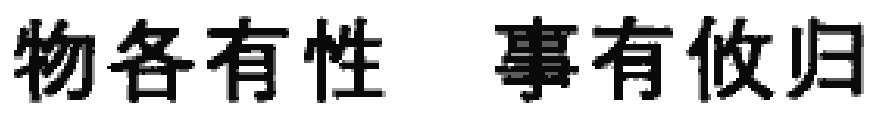
物各有性 事有攸归